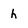
Character: h